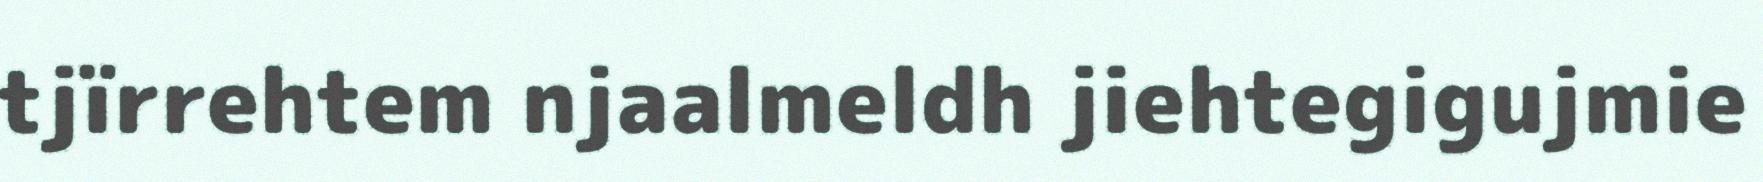
tjïrrehtem njaalmeldh jiehtegigujmie